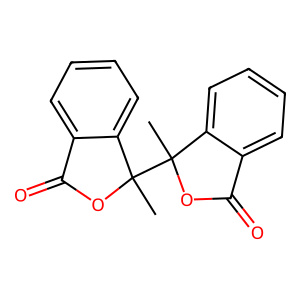
SMILES: CC1(C2(C)OC(=O)c3ccccc32)OC(=O)c2ccccc21
Inhibits HIV replication: No